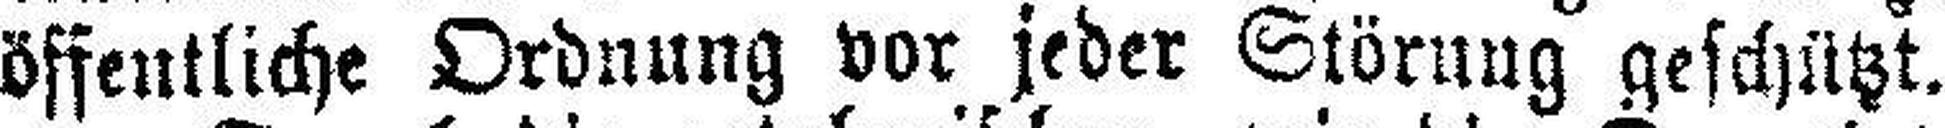
öffentliche Ordnung vor jeder Störung geschützt.